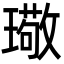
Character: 璥